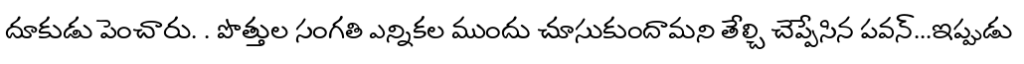
దూకుడు పెంచారు. . పొత్తుల సంగతి ఎన్నికల ముందు చూసుకుందామని తేల్చి చెప్పేసిన పవన్...ఇప్పుడు